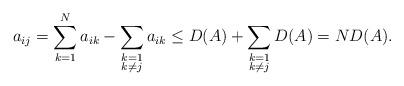
LaTeX: \begin{align*} a_{ij} = \sum_{k=1}^N a_{ik} - \sum_{\substack{k=1\\k\ne j\\}} a_{ik} \le D(A) + \sum_{\substack{k=1\\k\ne j\\}} D(A) = ND(A).\end{align*}